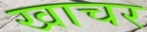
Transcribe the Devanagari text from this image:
खाचर